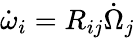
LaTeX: \dot{\omega}_{i}=R_{ij}\dot{\Omega}_{j}